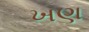
ખણ